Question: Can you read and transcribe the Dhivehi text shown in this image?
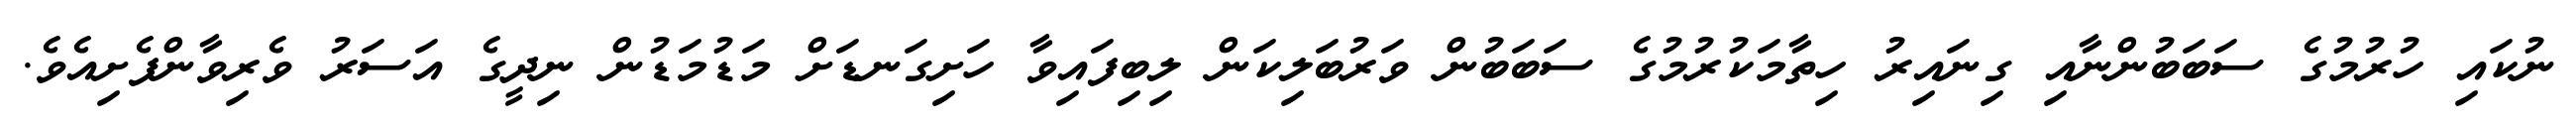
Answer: ނުކައި ހުރުމުގެ ސަބަބުންނާއި ގިނައިރު ހިތާމަކުރުމުގެ ސަބަބުން ވަރުބަލިކަން ލިބިފައިވާ ހަށިގަނޑަށް މަޑުމަޑުން ނިދީގެ އަސަރު ވެރިވާންފެށިއެވެ.